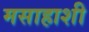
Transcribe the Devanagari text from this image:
मसाहाशी